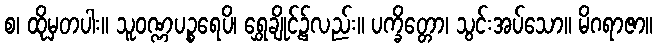
စ၊ ထိုမှတပါး။ သူဝဏ္ဏပဉ္စရေပိ၊ ရွှေချိုင့်၌လည်း။ ပက္ခိတ္တော၊ သွင်းအပ်သော။ မိဂရာဇာ။